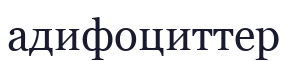
адифоциттер